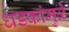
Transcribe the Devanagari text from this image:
धडकांमुळे